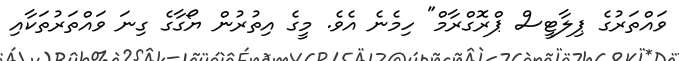
ވައްތަރުގެ ޕިލާޓީސް ޕްރޮގްރާމް" ހިމެނެ އެވެ. މީގެ އިތުރުން ޔޯގާގެ ގިނަ ވައްތަރުތަކާއި